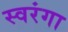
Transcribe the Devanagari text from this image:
स्वरंगा